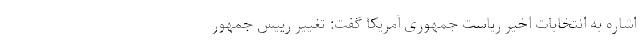
اشاره به انتخابات اخیر ریاست جمهوری آمریکا گفت: تغییر رییس جمهور